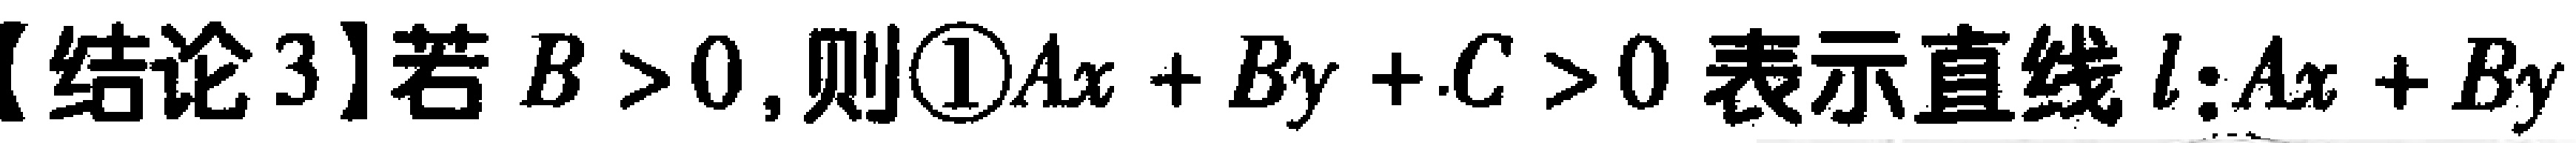
【结论3】若 \(B > 0\)，则\textcircled{1}\(Ax + By + C > 0\) 表示直线 \(l:Ax + By\)